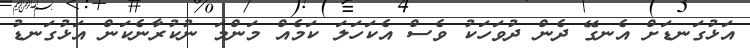
އަޅުގަނޑަށް އެނގޭ ދެން ދުވަހަކު ވެސް އެކަހަލަ ކަމެއް މަންމަ ނުކުރާނެކަން އަޅުގަނޑު